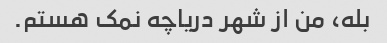
بله، من از شهر دریاچه نمک هستم.